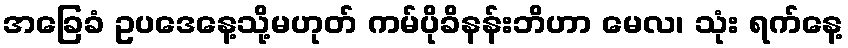
အခြေခံ ဥပဒေနေ့သို့မဟုတ် ကမ်ပိုခိနန်းဘိဟာ မေလ၊ သုံး ရက်နေ့